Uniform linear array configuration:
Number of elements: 16
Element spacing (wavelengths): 0.5
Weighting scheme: blackman
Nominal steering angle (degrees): -45
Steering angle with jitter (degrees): -45.174
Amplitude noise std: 0.05
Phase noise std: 0.05

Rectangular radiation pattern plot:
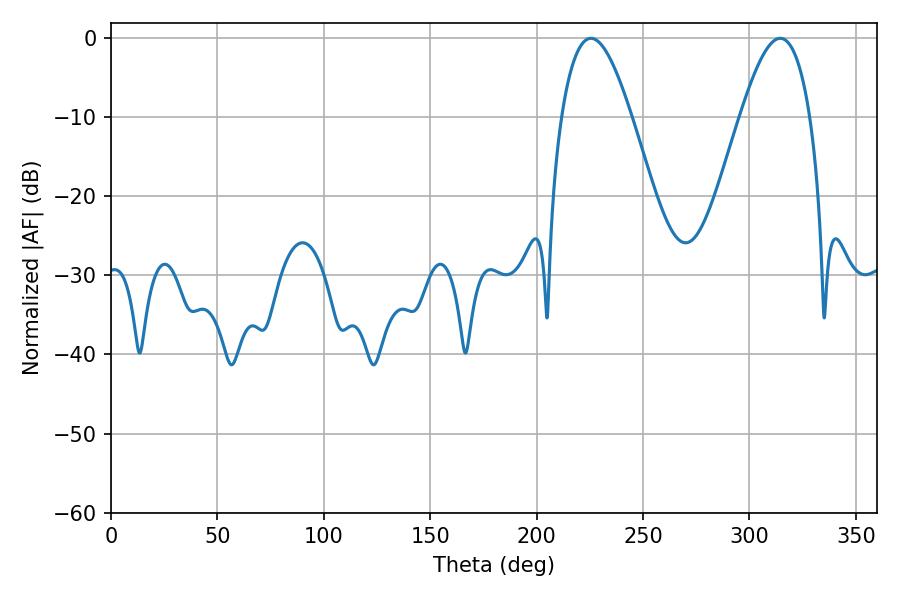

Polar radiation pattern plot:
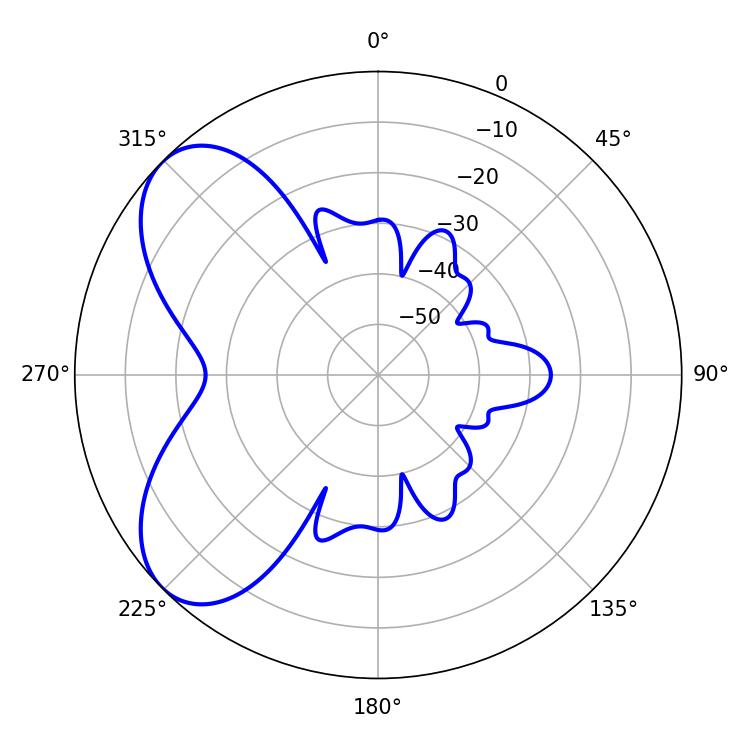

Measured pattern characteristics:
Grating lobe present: FALSE
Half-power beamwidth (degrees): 17.82
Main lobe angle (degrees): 225.54